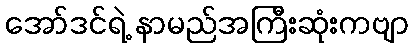
အော်ဒင်ရဲ့ နာမည်အကြီးဆုံးကဗျာ